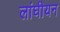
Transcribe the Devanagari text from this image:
लांघीयन